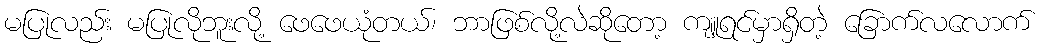
မပြုလည်း မပြုလိုဘူးလို့ ဖေဖေယုံတယ်၊ ဘာဖြစ်လို့လဲဆိုတော့ ကျူရင်မှာရှိတဲ့ ခြောက်လလောက်